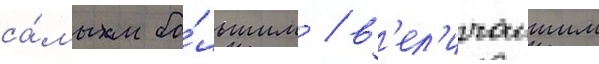
са́мым бо́льшим / в'ел'ичаишим